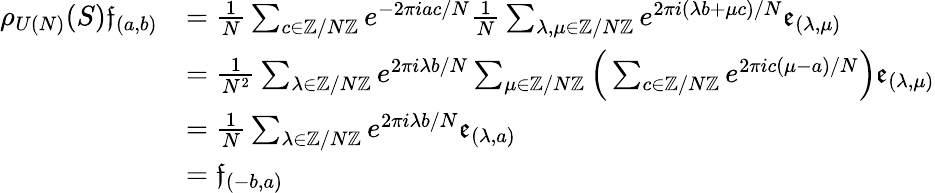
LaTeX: \begin{array}{rl}{\rho_{U(N)}(S)\mathfrak{f}_{(a,b)}}&{=\frac{1}{N}\sum_{c\in\mathbb{Z}/N\mathbb{Z}}e^{-2\pi iac/N}\frac{1}{N}\sum_{\lambda,\mu\in\mathbb{Z}/N\mathbb{Z}}e^{2\pi i(\lambda b+\mu c)/N}\mathfrak{e}_{(\lambda,\mu)}}\\ &{=\frac{1}{N^{2}}\sum_{\lambda\in\mathbb{Z}/N\mathbb{Z}}e^{2\pi i\lambda b/N}\sum_{\mu\in\mathbb{Z}/N\mathbb{Z}}\Big(\sum_{c\in\mathbb{Z}/N\mathbb{Z}}e^{2\pi ic(\mu-a)/N}\Big)\mathfrak{e}_{(\lambda,\mu)}}\\ &{=\frac{1}{N}\sum_{\lambda\in\mathbb{Z}/N\mathbb{Z}}e^{2\pi i\lambda b/N}\mathfrak{e}_{(\lambda,a)}}\\ &{=\mathfrak{f}_{(-b,a)}}\end{array}